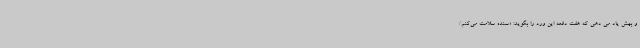
و بهش یاد می دهی که هفت دفعه این ورد را بگوید: «سنده سلامت می‌کنم/